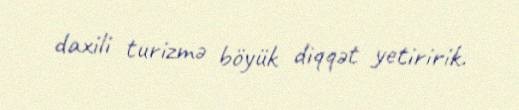
daxili turizmə böyük diqqət yetiririk.